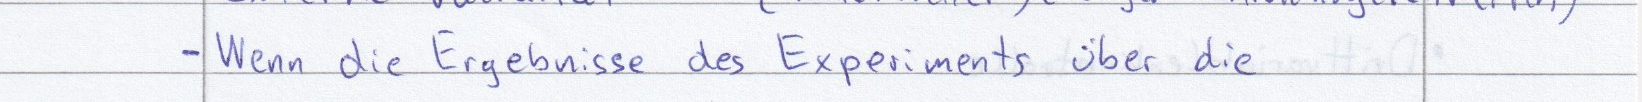
- Wenn die Ergebnisse des Experiments über die